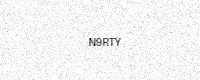
Text: N9RTY